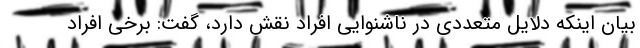
بیان اینکه دلایل متعددی در ناشنوایی افراد نقش دارد، گفت: برخی افراد